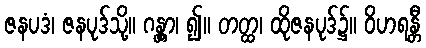
ဇနပဒံ၊ ဇနပုဒ်သို့။ ဂန္တွာ၊ ၍။ တတ္ထ၊ ထိုဇနပုဒ်၌။ ဝိဟရန္တီ